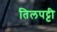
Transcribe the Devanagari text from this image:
तिलपट्टी